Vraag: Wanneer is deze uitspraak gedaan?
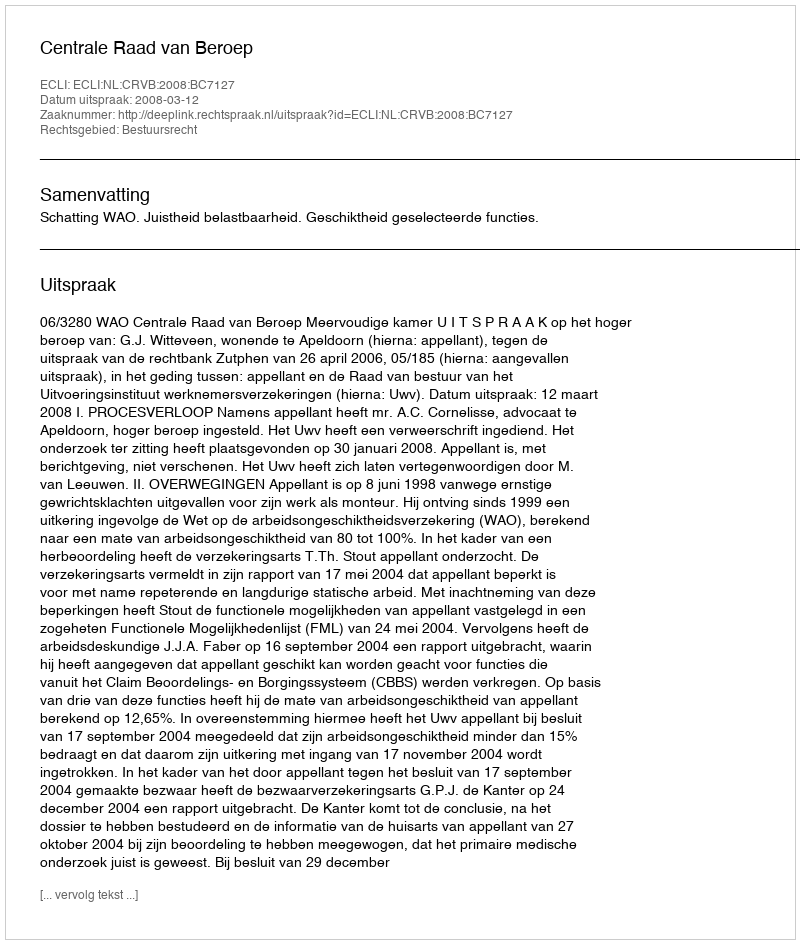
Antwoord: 2008-03-12